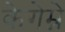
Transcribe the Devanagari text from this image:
केगेम्ने